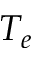
T _ { e }